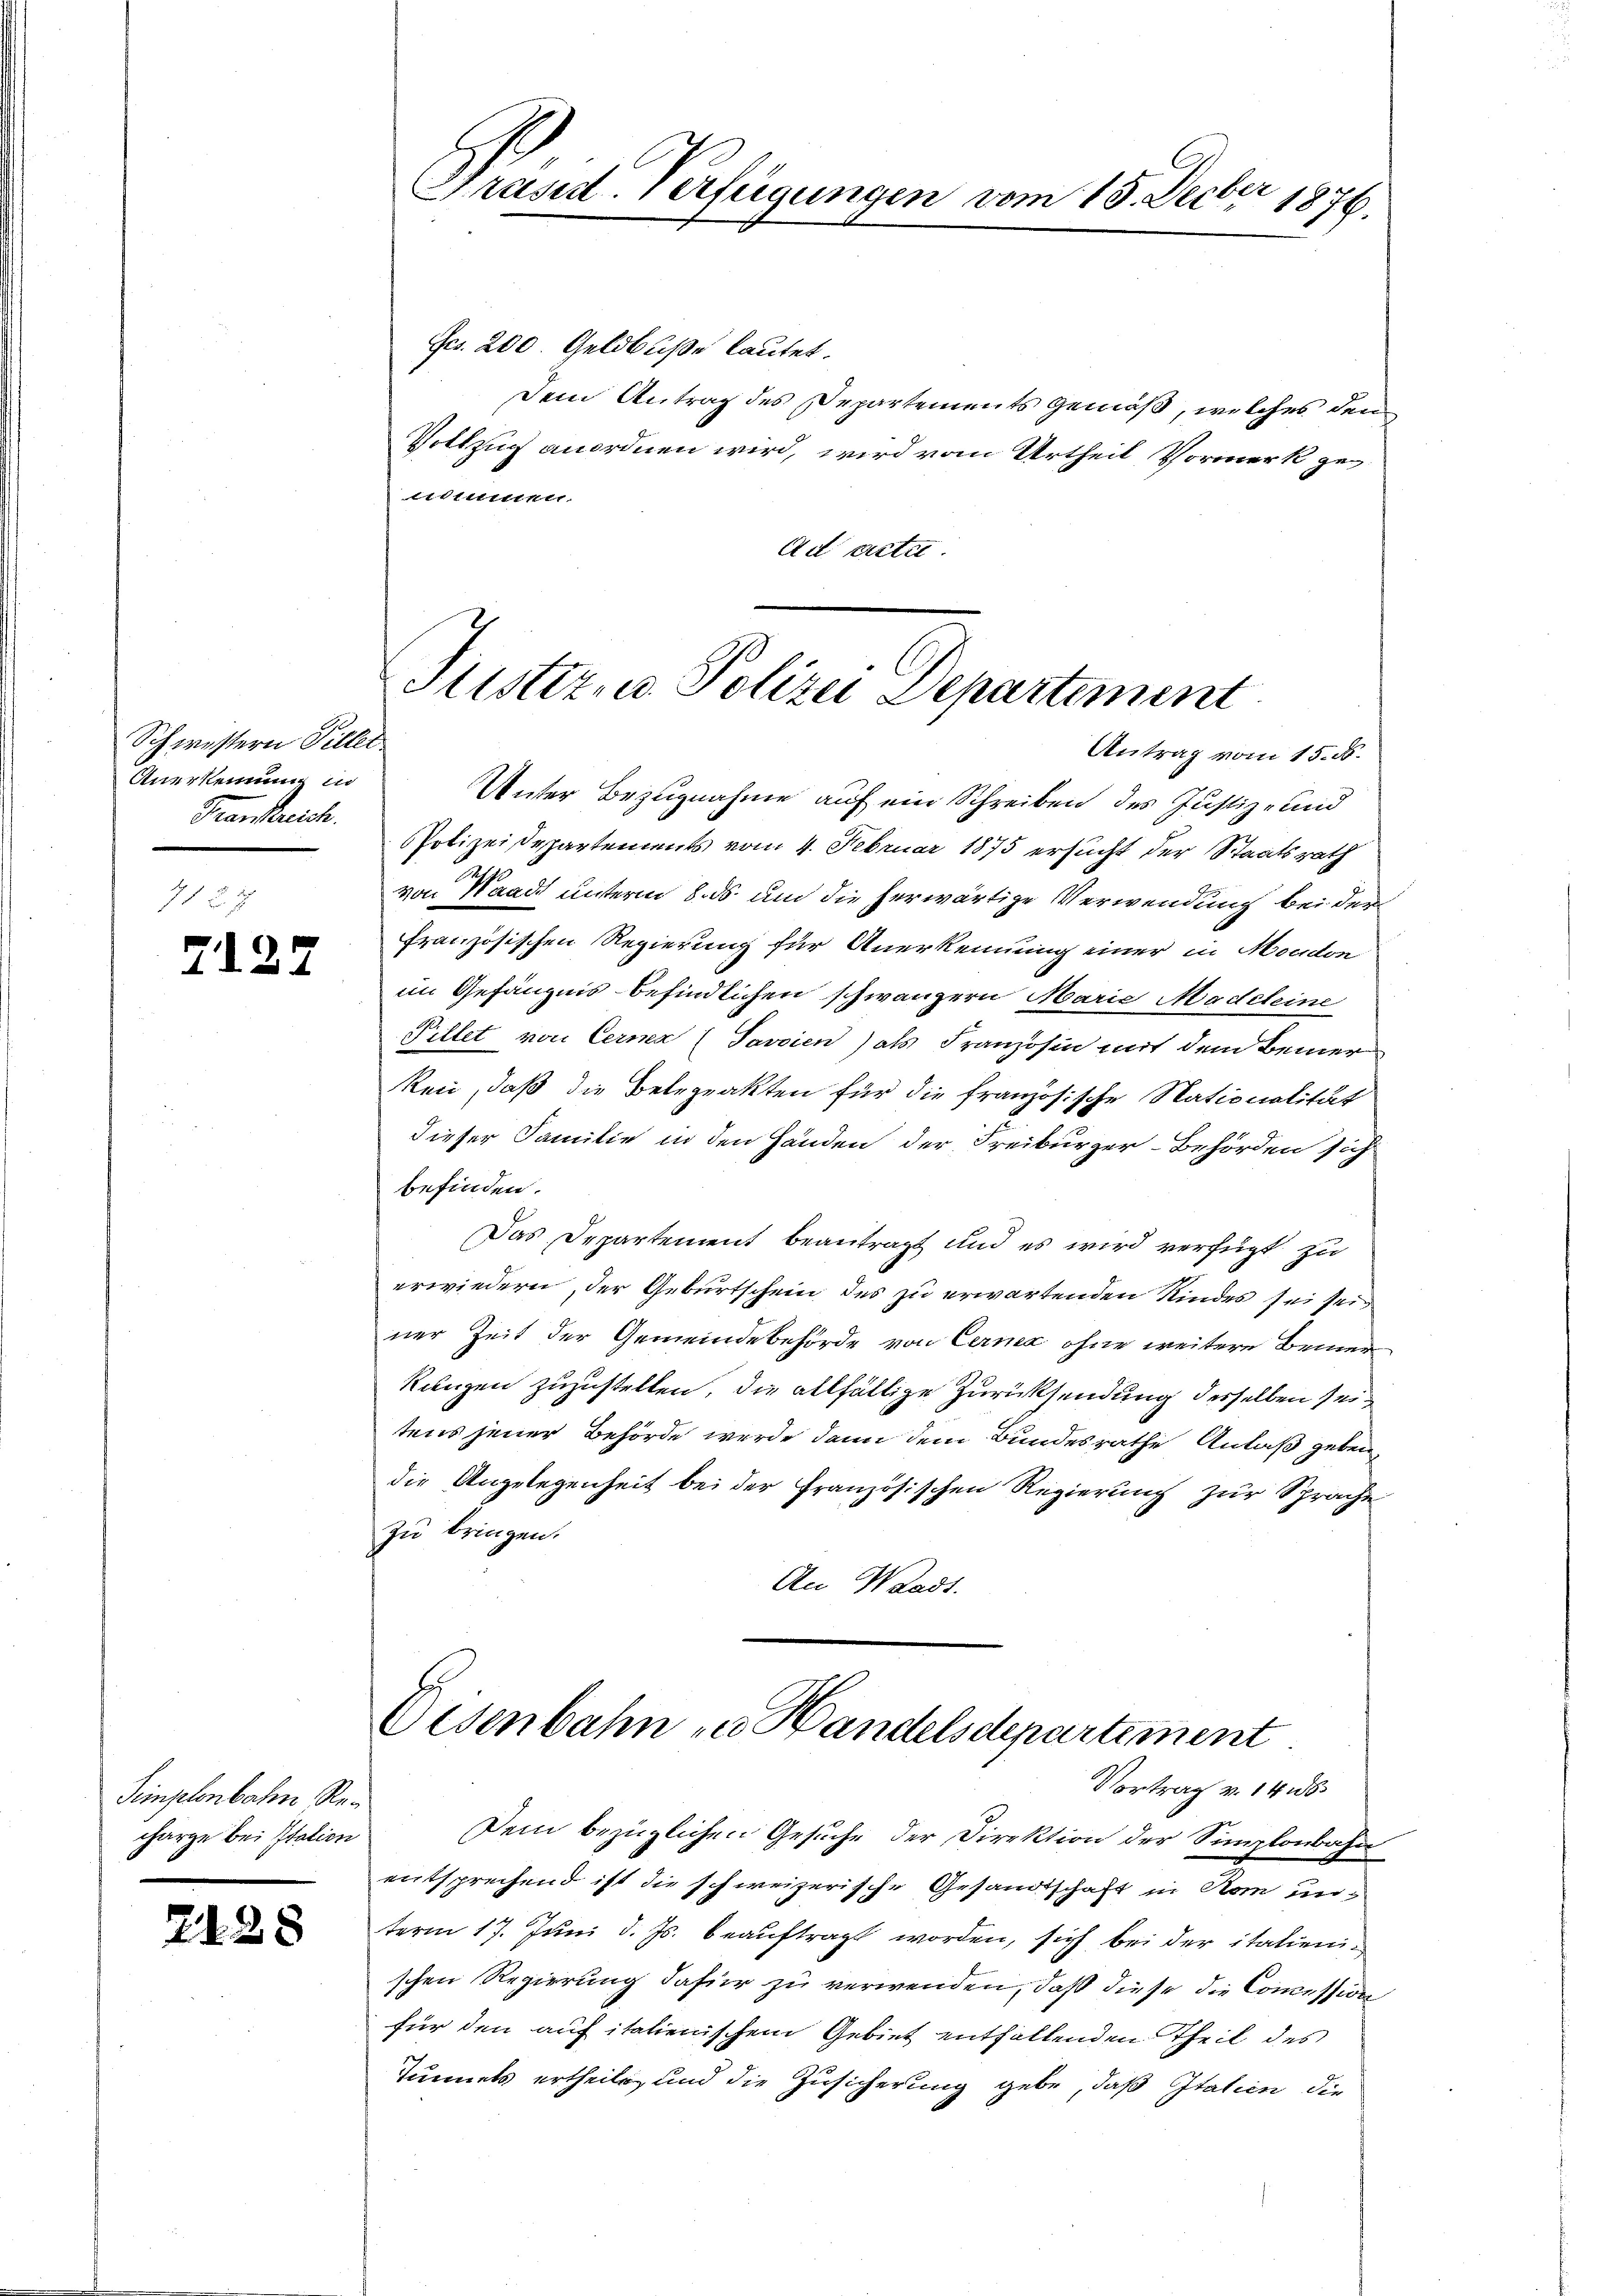
Schwestern Piller
Anerkennung in
Transtreich.

7127

Simplenbahn Recharge bei Station

2128

et
Präsid. Verfügungen vom 13. Decbr. 1876.

Frs. 200 Geldbuße lautet.
Dem Antrag des Departements gemäß, welches den
Vollzug anordnen wird, wird vom Urtheil Vormerk geittiret.
Ad artet.

Justiz- u. Polizei Departement
Antrag vom 15. d.

Unter Bezugnahme auf ein Schreiben des Justiz- und
Polizeisepartements vom 4. Februar 1875 ersucht der Staatsrath
von Waadt unterm 8. ds um die herwärtige Verwendung bei der
französischen Regierung für Anerkennung einer in Moudon
im Gefängnis befindlichen schwänzern Marie Madeleine
Pillet von Cerna (Javoien) als Französin mit dem Bemer
ken, daß die Belegrakten für die französische Nationalität
dieser Familie in den Händen der Freiburger-Behörden sich
befinden.
Das Departement beantragt und es wird verfügt zu
erwiedern, der Geburtschein des zu erwartenden Kindes sei sei
ner Zeit der Gemeindebehörde von Cerna ohne weitere Bemer
Kanzen zuzustellen, die allfällige Zurücksendung desselben seitens jener Behörde werde dann dem Bundesrathe Anlaß geben,
die Angelegenheit bei der Französischen Regierung zur Sprache
zu bringen.
An Waadt.

Eisenbahn zu Handelsdepartement.
Vortrag v. 14

Dem bezüglichen Gesuche der Direktion der Simplonbahn
entsprechend ist die schweizerische Gesandtschaft in Rom unterm 17. Juni d. Js. beauftragt worden, sich bei der italienischen Regierung dafür zu verwenden, daß diese die Commission
für den auf italienischem Gebiet entfallenden Theil des
Tunnels ertheilt, und die Zusicherung gebe, daß Italien die